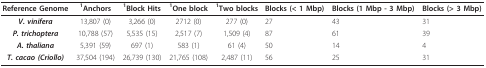
| Reference Genome | 1Anchors | 1Block Hits | 1One block | 1Two blocks | Blocks (< 1 Mbp) | Blocks (1 Mbp - 3 Mbp) | Blocks (> 3 Mbp) |
 | --- | --- | --- | --- | --- | --- | --- | --- |
 | V. vinifera | 13,807 (0) | 3,266 (0) | 2712 (0) | 277 (0) | 27 | 43 | 31 |
 | P. trichoptera | 10,788 (57) | 5,535 (15) | 2,517 (7) | 1,509 (4) | 87 | 61 | 39 |
 | A. thaliana | 5,391 (59) | 697 (1) | 583 (1) | 61 (4) | 50 | 14 | 4 |
 | T. cacao (Criollo) | 37,504 (194) | 26,739 (130) | 21,765 (108) | 2,487 (11) | 56 | 25 | 31 |